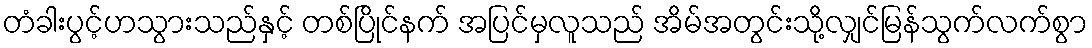
တံခါးပွင့်ဟသွားသည်နှင့် တစ်ပြိုင်နက် အပြင်မှလူသည် အိမ်အတွင်းသို့လျှင်မြန်သွက်လက်စွာ